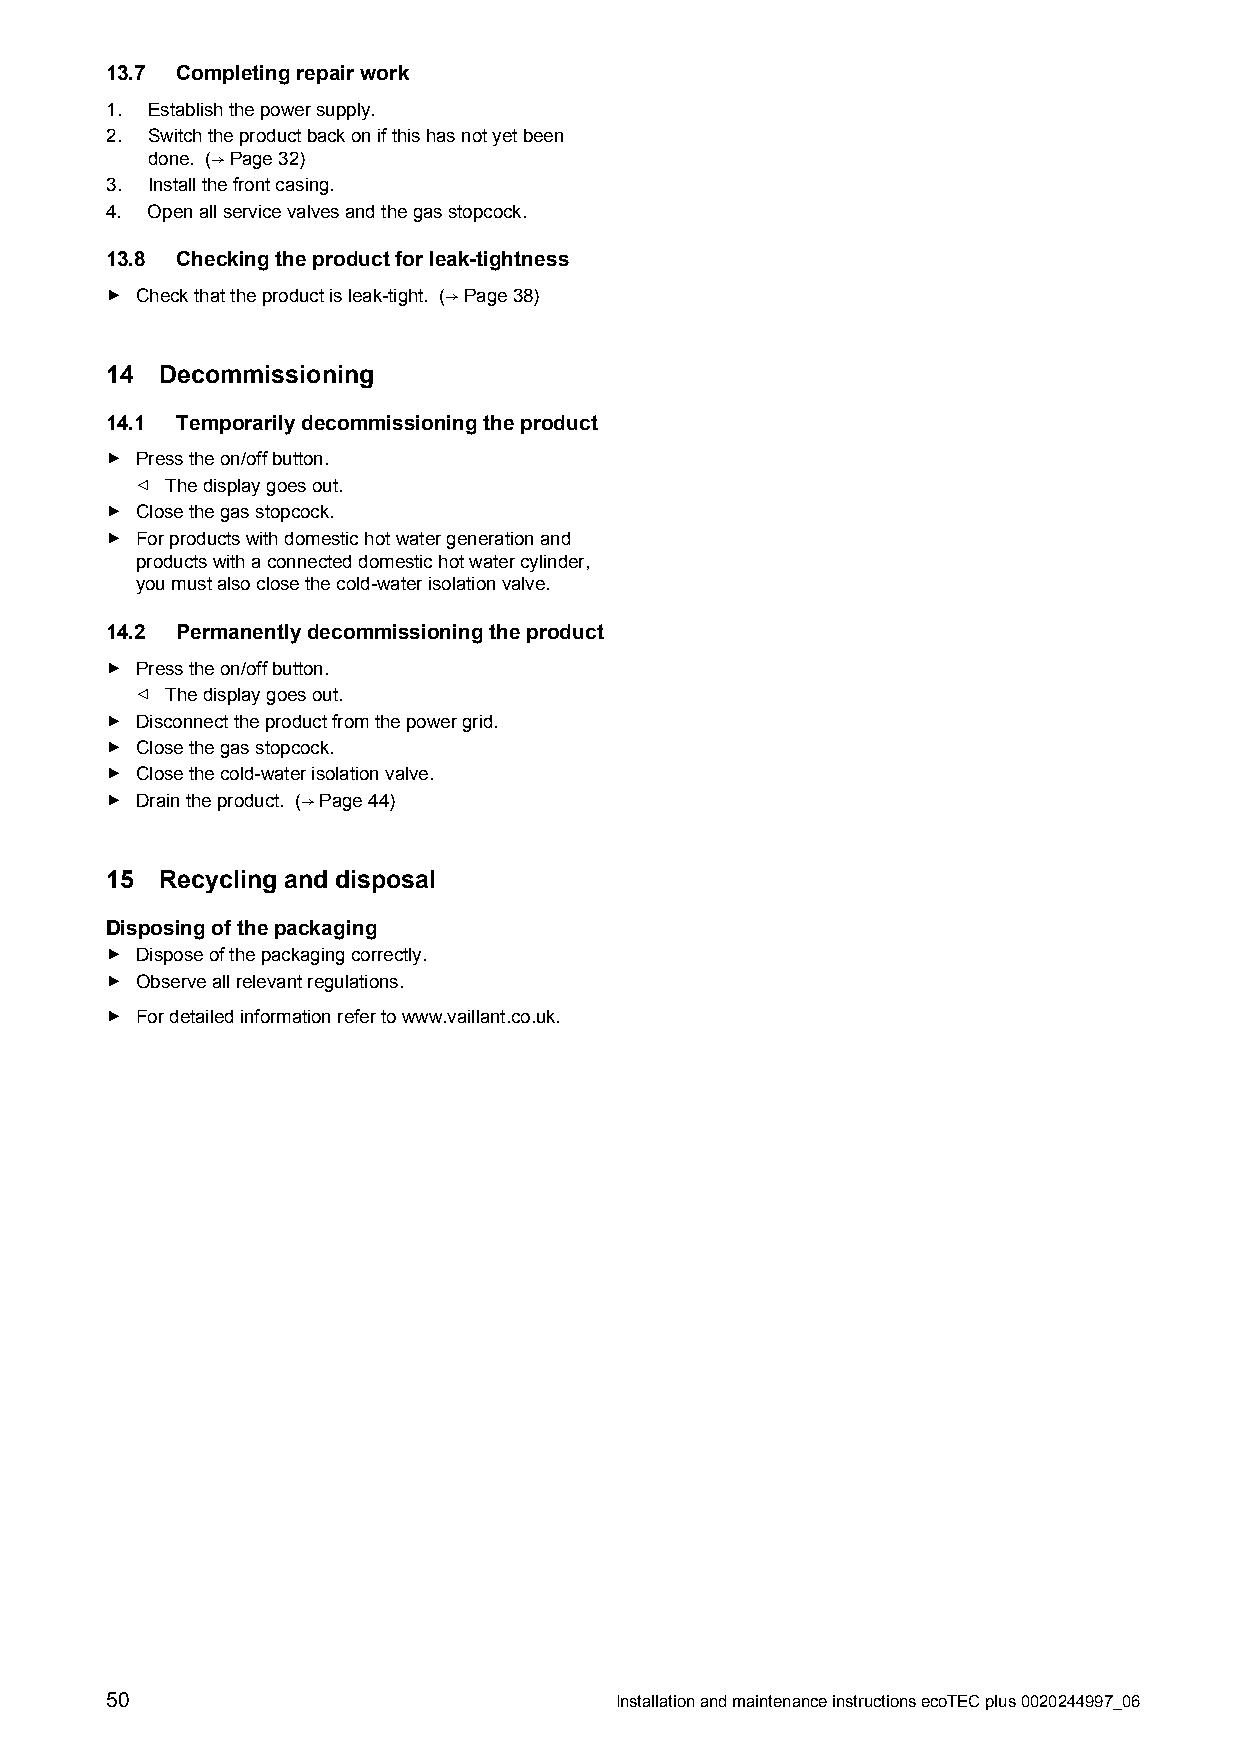
13.7 Completingrepairwork
 1. Establishthepowersupply.
 2. Switchtheproductbackonifthishasnotyetbeen
 done. (→Page32)
 3. Installthefrontcasing.
 4. Openallservicevalvesandthegasstopcock.
 13.8 Checkingtheproductforleak-tightness
 ▶ Checkthattheproductisleak-tight. (→Page38)
 14  Decommissioning
 14.1 Temporarilydecommissioningtheproduct
 ▶ Presstheon/offbutton.
 ◁ Thedisplaygoesout.
 ▶ Closethegasstopcock.
 ▶ Forproductswithdomestichotwatergenerationand
 productswithaconnecteddomestichotwatercylinder,
 youmustalsoclosethecold-waterisolationvalve.
 14.2 Permanentlydecommissioningtheproduct
 ▶ Presstheon/offbutton.
 ◁ Thedisplaygoesout.
 ▶ Disconnecttheproductfromthepowergrid.
 ▶ Closethegasstopcock.
 ▶ Closethecold-waterisolationvalve.
 ▶ Draintheproduct. (→Page44)
 15  Recycling and disposal
 Disposingofthepackaging
 ▶ Disposeofthepackagingcorrectly.
 ▶ Observeallrelevantregulations.
 ▶ Fordetailedinformationrefertowww.vaillant.co.uk.
 50                                InstallationandmaintenanceinstructionsecoTECplus0020244997_06